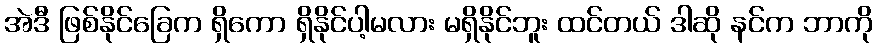
အဲဒီ ဖြစ်နိုင်ခြေက ရှိကော ရှိနိုင်ပါ့မလား မရှိနိုင်ဘူး ထင်တယ် ဒါဆို နင်က ဘာကို